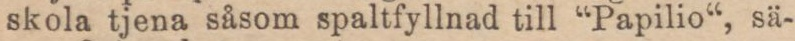
skola tjena såsom spaltfyllnad till “Papilio“, sä-